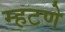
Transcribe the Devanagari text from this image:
म्हटणे